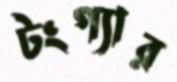
টংগ্যার